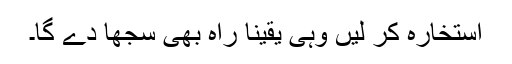
استخارہ کر لیں وہی یقیناً راہ بھی سجھا دے گا۔